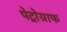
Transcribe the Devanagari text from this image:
पेट्रोग्राफ